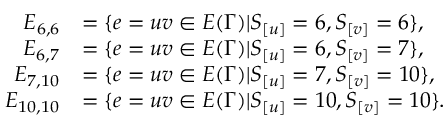
\begin{array} { r l } { E _ { 6 , 6 } } & { = \{ e = u v \in E ( \Gamma ) | S _ { [ u ] } = 6 , S _ { [ v ] } = 6 \} , } \\ { E _ { 6 , 7 } } & { = \{ e = u v \in E ( \Gamma ) | S _ { [ u ] } = 6 , S _ { [ v ] } = 7 \} , } \\ { E _ { 7 , 1 0 } } & { = \{ e = u v \in E ( \Gamma ) | S _ { [ u ] } = 7 , S _ { [ v ] } = 1 0 \} , } \\ { E _ { 1 0 , 1 0 } } & { = \{ e = u v \in E ( \Gamma ) | S _ { [ u ] } = 1 0 , S _ { [ v ] } = 1 0 \} . } \end{array}